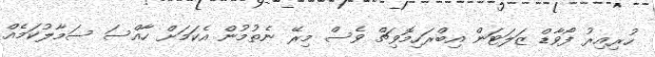
ހުރިއިރު ފޯވާޑް ޒަލަޓަން އިބްރަހިމޮވިޗް ވެސް މިރޭ ނެތުމުން އެކަމަށް ހާއްސަ ސަމާލުކަމެއް